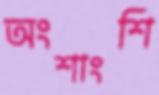
অংশাংশি